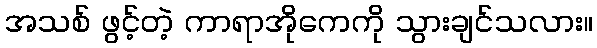
အသစ် ဖွင့်တဲ့ ကာရာအိုကေကို သွားချင်သလား။